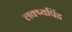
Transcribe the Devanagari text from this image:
लक्ष्यपिंड